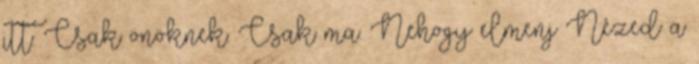
itt. Csak önöknek. Csak ma. Nehogy elmenj Nézed a